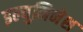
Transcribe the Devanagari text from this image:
इल्युमिनेश